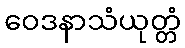
ဝေဒနာသံယုတ္တံ